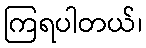
ကြရပါတယ်၊